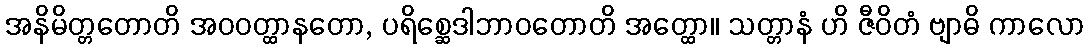
အနိမိတ္တတောတိ အဝဝတ္ထာနတော, ပရိစ္ဆေဒါဘာဝတောတိ အတ္ထော။ သတ္တာနံ ဟိ ဇီဝိတံ ဗျာဓိ ကာလော